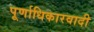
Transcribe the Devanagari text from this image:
पूर्णाधिकारवादी